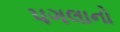
પગલાનો